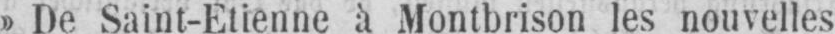
»De Saint-Etienne à Montbrison les nouvelles